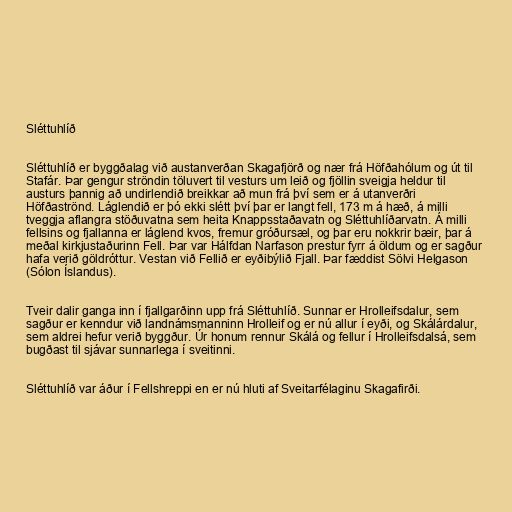
Sléttuhlíð

Sléttuhlíð er byggðalag við austanverðan Skagafjörð og nær frá Höfðahólum og út til
Stafár. Þar gengur ströndin töluvert til vesturs um leið og fjöllin sveigja heldur til
austurs þannig að undirlendið breikkar að mun frá því sem er á utanverðri
Höfðaströnd. Láglendið er þó ekki slétt því þar er langt fell, 173 m á hæð, á milli
tveggja aflangra stöðuvatna sem heita Knappsstaðavatn og Sléttuhlíðarvatn. Á milli
fellsins og fjallanna er láglend kvos, fremur gróðursæl, og þar eru nokkrir bæir, þar á
meðal kirkjustaðurinn Fell. Þar var Hálfdan Narfason prestur fyrr á öldum og er sagður
hafa verið göldróttur. Vestan við Fellið er eyðibýlið Fjall. Þar fæddist Sölvi Helgason
(Sólon Íslandus).

Tveir dalir ganga inn í fjallgarðinn upp frá Sléttuhlíð. Sunnar er Hrolleifsdalur, sem
sagður er kenndur við landnámsmanninn Hrolleif og er nú allur í eyði, og Skálárdalur,
sem aldrei hefur verið byggður. Úr honum rennur Skálá og fellur í Hrolleifsdalsá, sem
bugðast til sjávar sunnarlega í sveitinni.

Sléttuhlíð var áður í Fellshreppi en er nú hluti af Sveitarfélaginu Skagafirði.